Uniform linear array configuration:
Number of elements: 4
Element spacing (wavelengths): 0.75
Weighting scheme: hamming
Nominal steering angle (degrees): -60
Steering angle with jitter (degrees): -59.518
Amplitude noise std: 0.05
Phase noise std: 0.05

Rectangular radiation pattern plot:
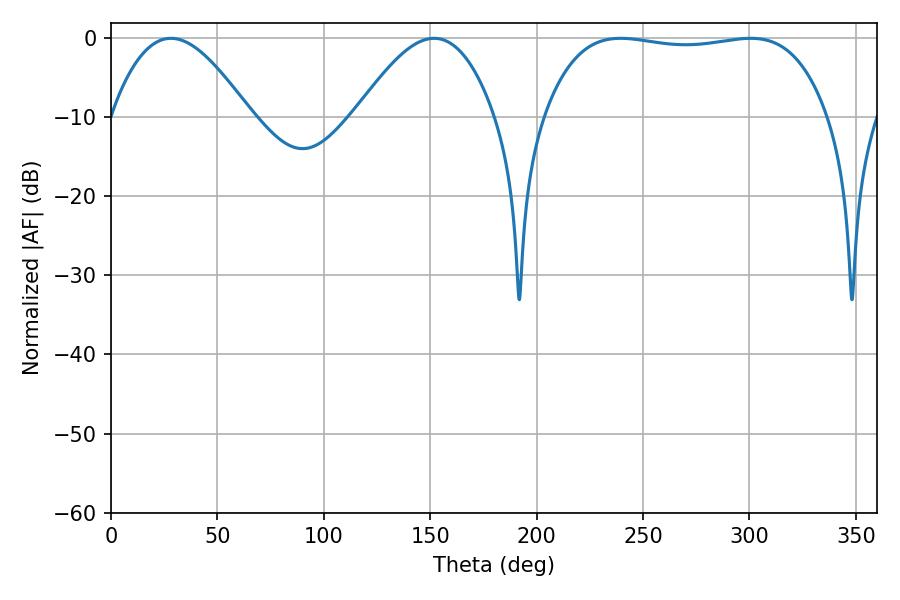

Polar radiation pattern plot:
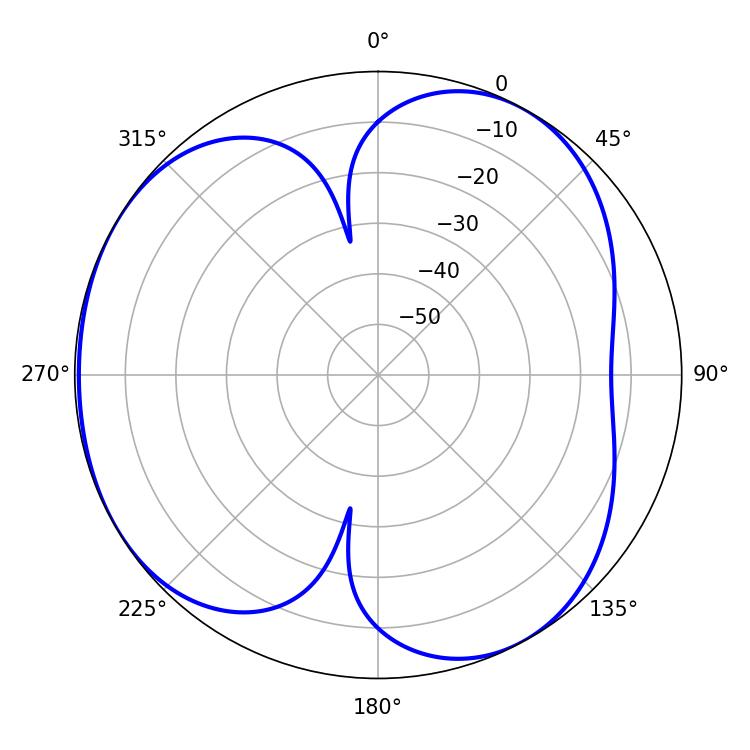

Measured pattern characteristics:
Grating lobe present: TRUE
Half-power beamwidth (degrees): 106.2
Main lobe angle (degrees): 239.4